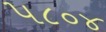
૫૮૦૪